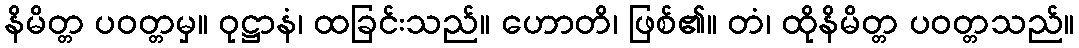
နိမိတ္တ ပဝတ္တမှ။ ဝုဋ္ဌာနံ၊ ထခြင်းသည်။ ဟောတိ၊ ဖြစ်၏။ တံ၊ ထိုနိမိတ္တ ပဝတ္တသည်။